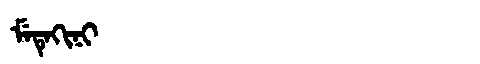
Manchu: ᠮᡝᡨᡝᡴᡳᠨᡳ
Romanization: METEKINI